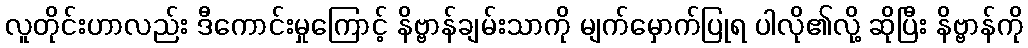
လူတိုင်းဟာလည်း ဒီကောင်းမှုကြောင့် နိဗ္ဗာန်ချမ်းသာကို မျက်မှောက်ပြုရ ပါလို၏လို့ ဆိုပြီး နိဗ္ဗာန်ကို